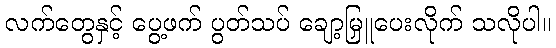
လက်တွေနှင့် ပွေ့ဖက် ပွတ်သပ် ချော့မြှူပေးလိုက် သလိုပါ။